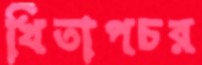
খিতাপচর